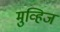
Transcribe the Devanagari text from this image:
मुव्हिज